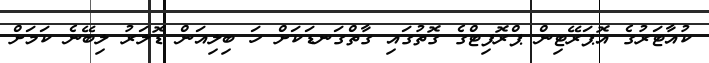
ކުއާޓަރުގެ އޮޕަރޭޓިން ޕްރޮފިޓްގެ ގޮތުގައި ގާތްގަނޑަކަށް ހަ ބިލިއަން ޑޮލަރު ލިބޭނެ ކަމަށް